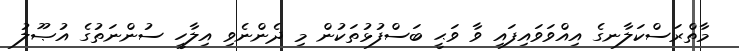
މާތްރަސްކަލާނގެ އިއްވަވައިފައި ވާ ވަޙީ ބަސްފުޅުތަކުން މި ދެންނެވި އިލާހީ ސުންނަތުގެ އުޞޫލު